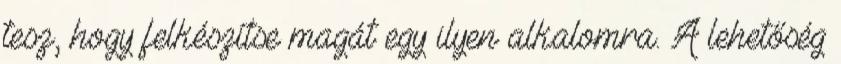
tesz, hogy felkészítse magát egy ilyen alkalomra. A lehetőség